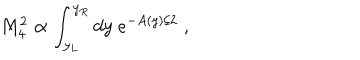
M _ { 4 } ^ { 2 } \propto \int _ { y _ { L } } ^ { y _ { R } } d y \; e ^ { - A ( y ) / 2 } \; ,